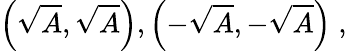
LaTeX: \left({\sqrt{A}},{\sqrt{A}}\right),\left(-{\sqrt{A}},-{\sqrt{A}}\right)\; ,